Senior Leaving Certificate Examination (including Day School Certificate (Higher) General paper), 1948
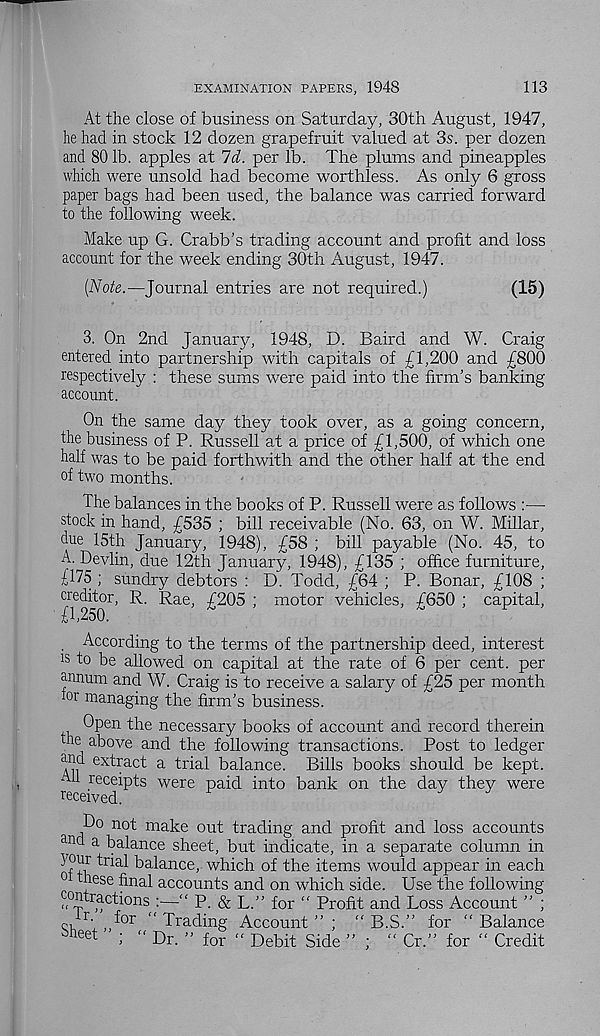
EXAMINATION PAPERS, 1948
113
At the close of business on Saturday, 30th August, 1947,
he had in stock 12 dozen grapefruit valued at 3s. per dozen
and 80 lb. apples at Id. per lb. The plums and pineapples
which were unsold had become worthless. As only 6 gross
paper bags had been used, the balance was carried forward
to the following week.
Make up G. Crabb’s trading account and profit and loss
account for the week ending 30th August, 1947.
[Note.—Journal entries are not required.)
(15)
3. On 2nd January, 1948, D. Baird and W. Craig
entered into partnership with capitals of £1,200 and £800
respectively : these sums were paid into the firm's banking
account.
On the same day they took over, as a going concern,
the business of P. Russell at a price of £1,500, of which one
half was to be paid forthwith and the other half at the end
of two months.
The balances in the books of P. Russell were as follows :—■
stock in hand, £535 ; bill receivable (No. 63, on W. Millar,
due 15th January, 1948), £58 ; bill payable (No. 45, to
A. Devlin, due 12th January, 1948), £135 ; office furniture,
£175 ; sundry debtors : D. Todd, £64 ; P. Bonar, £108 ;
creditor, R. Rae, £205 ; motor vehicles, £650 ; capital,
. According to the terms of the partnership deed, interest
^ to be allowed on capital at the rate of 6 per cent, per
annum and W. Craig is to receive a salary of £25 per month
or managing the firm’s business.
Open the necessary books of account and record therein
me above and the following transactions. Post to ledger
and extract a trial balance. Bills books should be kept.
Ail receipts were paid into bank on the day they were
received.
Do not make out trading and profit and loss accounts
an d a balance sheet, but indicate, in a separate column in
^a^a nce > which of the items would appear in each
0 these final accounts and on which side. Use the following
^tractions :—“ P. & L.” for “ Profit and Loss Account ” ;
o, r - , Am “ Trading Account ” ; “ B.S.” for " Balance
iheet ; “ p> r _ » for - De5it Side » . - Cr .” for “ Credit